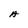
Character: A